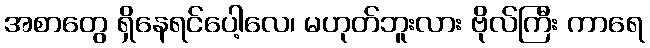
အစာတွေ ရှိနေရင်ပေါ့လေ၊ မဟုတ်ဘူးလား ဗိုလ်ကြီး ကာရေ